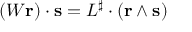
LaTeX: ( W \mathbf { r } ) \cdot \mathbf { s } = L ^ { \sharp } \cdot ( \mathbf { r } \wedge \mathbf { s } )